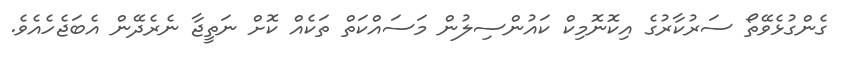
ގެންގުޅެވޭތޯ ސަރުކާރުގެ އިކޮނޮމިކް ކައުންސިލުން މަސައްކަތް ތަކެއް ކޮށް ނަތީޖާ ނެރެދޭން އެބަޖެހެއެވެ.